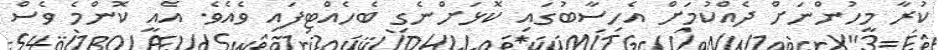
ކުރާ މީހުންނަށް ދެއްކުމަށް އެހިސާބުގައި ކޮޅަށްނެގި ބެހެއްޓިފައި ވެއެވެ. އެއީ ކޮންމެ ވެސް